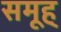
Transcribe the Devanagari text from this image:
समूह्